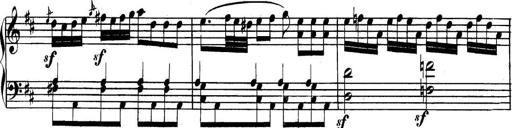
Title: Collected Piano Sonatas
Composer: Muzio Clementi